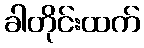
ခါတိုင်းထက်